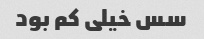
سس خیلی کم بود